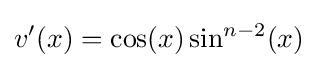
v'(x)=\cos(x)\sin ^{n-2}(x)